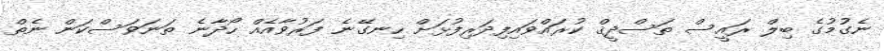
ނެގުމުގެ ބިލް ރައީސް ތަސްދީޤް ކުރައްވައިފިދަރިފުޅަށް ހިނގޭނެ ފަރުވާއެއް ހޯދާނެ ތަނަވަސްކަން ނެތް